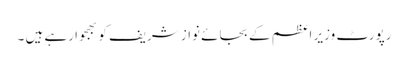
رپورٹ وزیر اعظم کے بجائے نواز شریف کو بھجوا رہے ہیں ۔